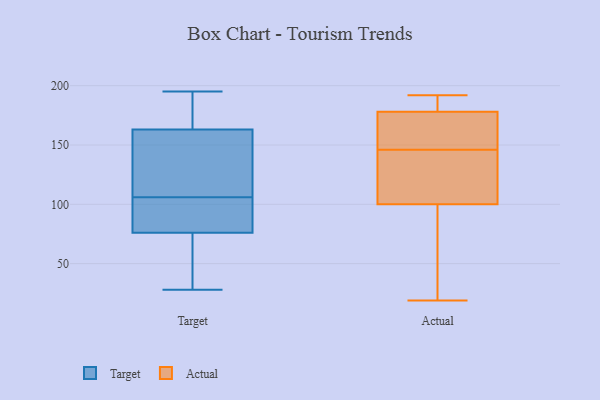
{"axis": {"x": "Operating Costs (USD K)", "y": "Value"}, "legend": ["Actual", "Target"], "data": [{"x": "", "y": 78, "type": "Target"}, {"x": "", "y": 172, "type": "Target"}, {"x": "", "y": 163, "type": "Target"}, {"x": "", "y": 28, "type": "Target"}, {"x": "", "y": 111, "type": "Target"}, {"x": "", "y": 101, "type": "Target"}, {"x": "", "y": 72, "type": "Target"}, {"x": "", "y": 76, "type": "Target"}, {"x": "", "y": 37, "type": "Target"}, {"x": "", "y": 112, "type": "Target"}, {"x": "", "y": 195, "type": "Target"}, {"x": "", "y": 183, "type": "Target"}, {"x": "", "y": 152, "type": "Target"}, {"x": "", "y": 84, "type": "Target"}, {"x": "", "y": 140, "type": "Actual"}, {"x": "", "y": 178, "type": "Actual"}, {"x": "", "y": 192, "type": "Actual"}, {"x": "", "y": 54, "type": "Actual"}, {"x": "", "y": 100, "type": "Actual"}, {"x": "", "y": 19, "type": "Actual"}, {"x": "", "y": 105, "type": "Actual"}, {"x": "", "y": 191, "type": "Actual"}, {"x": "", "y": 152, "type": "Actual"}, {"x": "", "y": 176, "type": "Actual"}]}